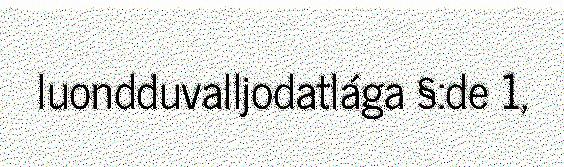
luondduvalljodatlága §:de 1,